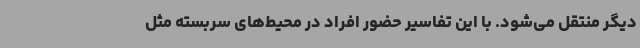
دیگر منتقل می‌شود. با این تفاسیر حضور افراد در محیط‌های سربسته مثل